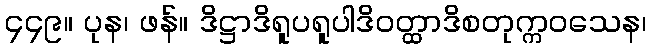
၄၄၉။ ပုန၊ ဖန်။ ဒိဋ္ဌာဒိရူပရူပါဒိဝတ္ထာဒိစတုက္ကဝသေန၊